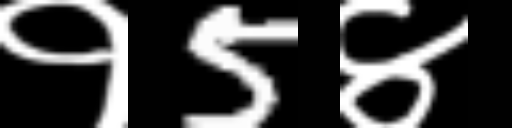
Text: १5४